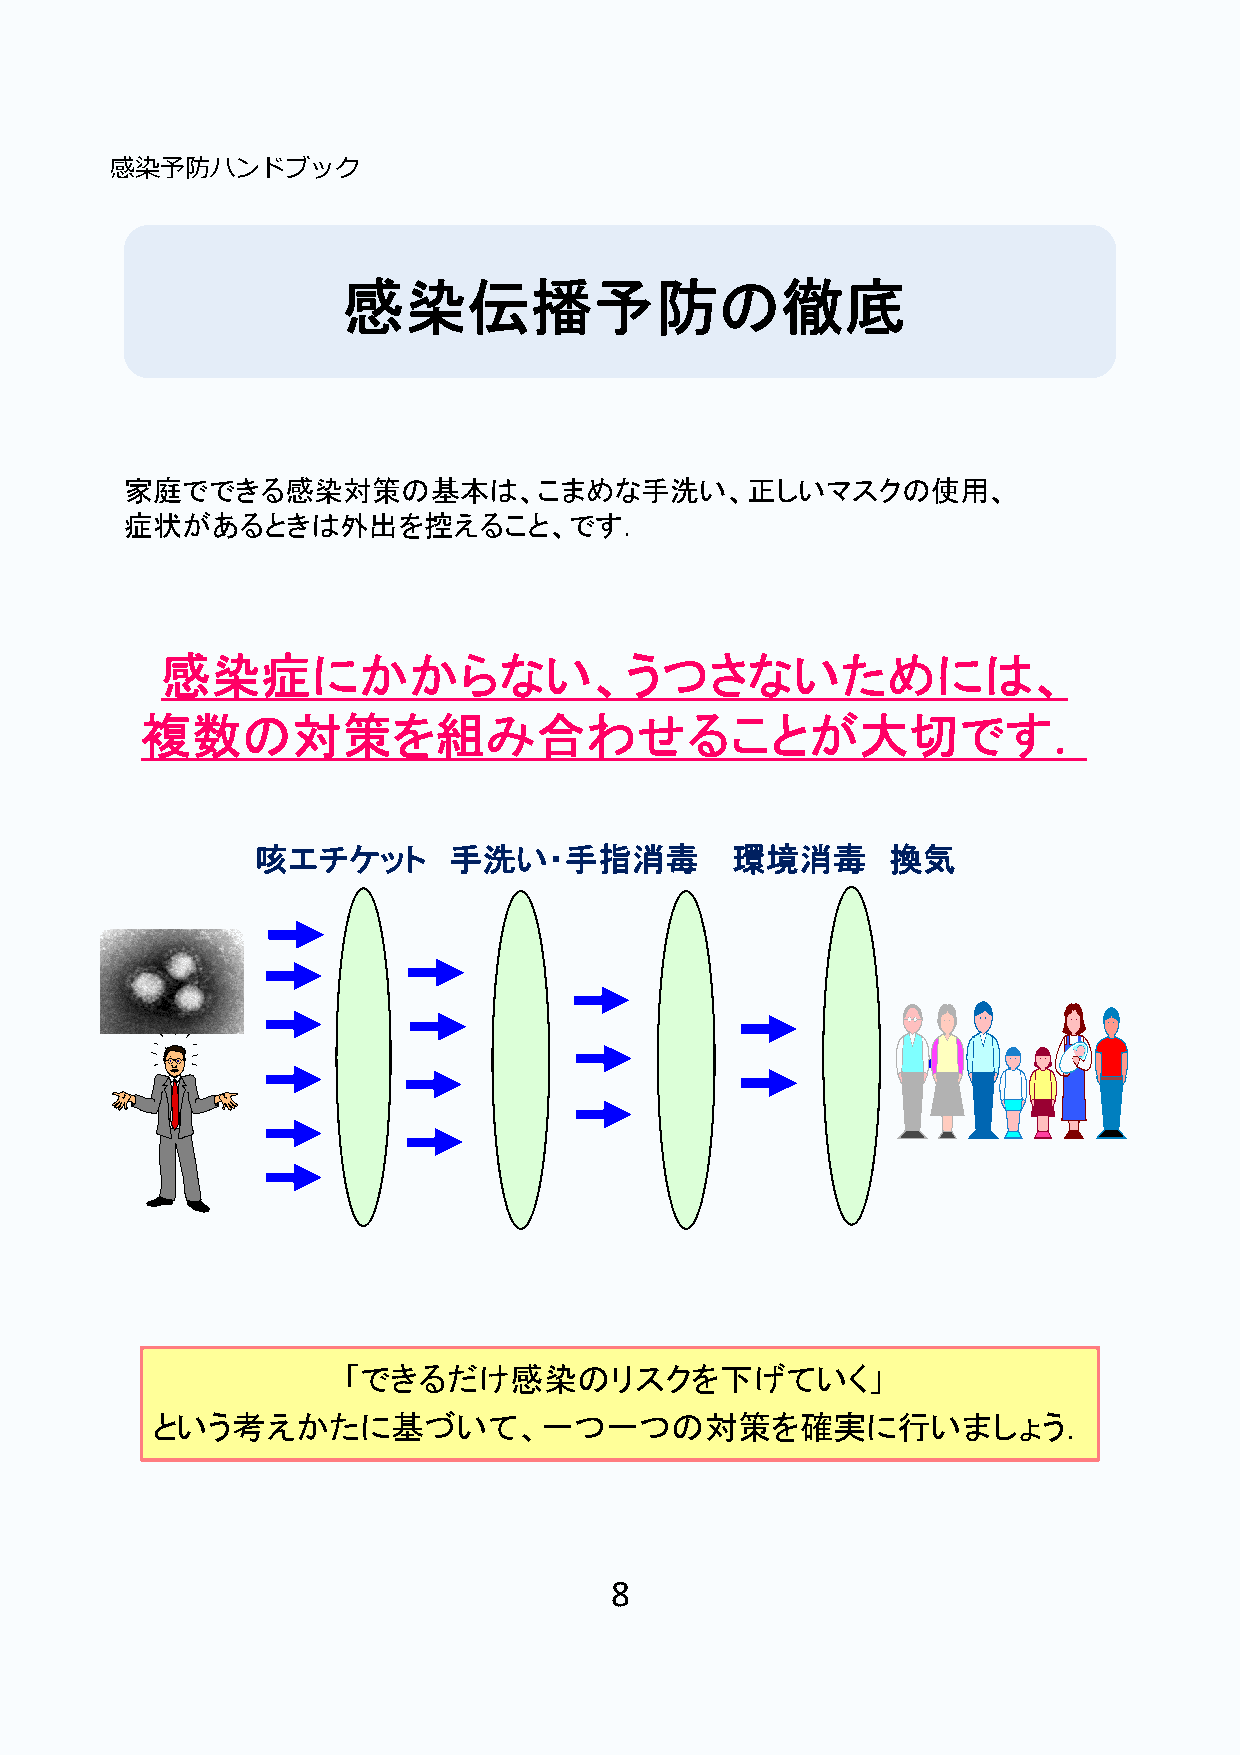
感染予防ハンドブック
 感染伝播予防の徹底
 家庭でできる感染対策の基本は、こまめな手洗い、正しいマスクの使用、
 症状があるときは外出を控えること、です．
 感染症にかからない、うつさないためには、
 複数の対策を組み合わせることが大切です．
 咳エチケット       手洗い・手指消毒          環境消毒       換気
 「できるだけ感染のリスクを下げていく」
 という考えかたに基づいて、一つ一つの対策を確実に行いましょう．
 8